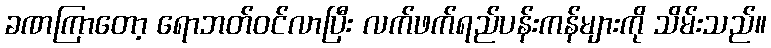
ခဏကြာတော့ ရောဘတ်ဝင်လာပြီး လက်ဖက်ရည်ပန်းကန်များကို သိမ်းသည်။